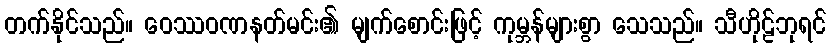
တက်နိုင်သည်။ ဝေဿဝဏနတ်မင်း၏ မျက်စောင်းဖြင့် ကုမ္ဘန်များစွာ သေသည်။ သီဟိုဠ်ဘုရင်